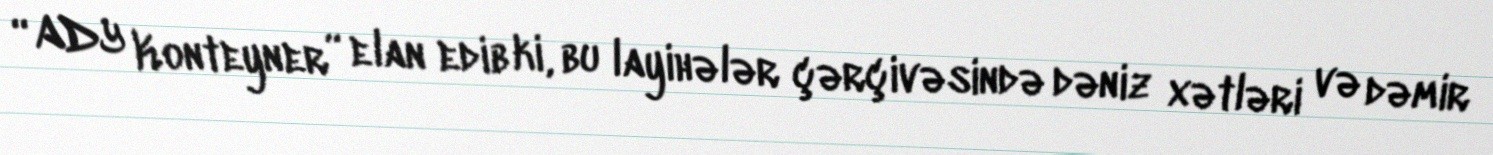
“ADY Konteyner” elan edib ki, bu layihələr çərçivəsində dəniz xətləri və dəmir